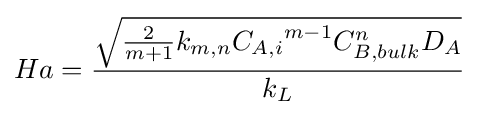
Ha={{\sqrt {{\frac {2}{{m}+1}}k_{m,n}{C_{A,i}}^{m-1}C_{B,bulk}^{n}{D}_{A}}} \over {{k}_{L}}}